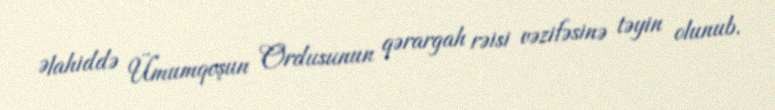
Əlahiddə Ümumqoşun Ordusunun qərargah rəisi vəzifəsinə təyin olunub.